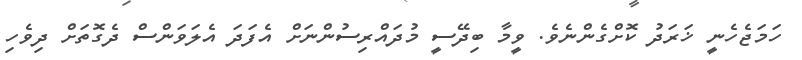
ހަމަޖެހެނީ ޚަރަދު ކޮށްގެންނެވެ. ވީމާ ބިދޭސީ މުދައްރިސުންނަށް އެފަދަ އެލަވަންސް ދެގޮތަށް ދިވެހި